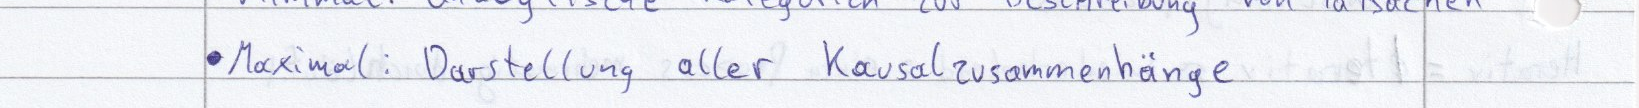
Maximal: Darstellung aller Kausalzusammenhänge